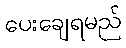
ပေးချေရမည်